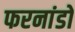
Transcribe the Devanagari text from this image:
फरनांडो